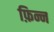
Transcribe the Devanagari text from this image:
फ़िन्न